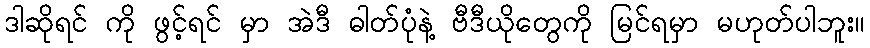
ဒါဆိုရင် ကို ဖွင့်ရင် မှာ အဲဒီ ဓါတ်ပုံနဲ့ ဗီဒီယိုတွေကို မြင်ရမှာ မဟုတ်ပါဘူး။